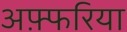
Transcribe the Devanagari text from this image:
अफ़्फरिया